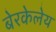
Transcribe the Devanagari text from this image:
बेरकेलेय